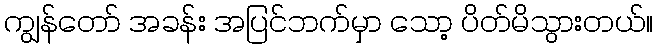
ကျွန်တော် အခန်း အပြင်ဘက်မှာ သော့ ပိတ်မိသွားတယ်။